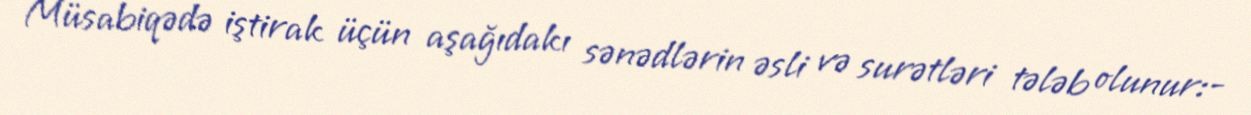
Müsabiqədə iştirak üçün aşağıdakı sənədlərin əsli və surətləri tələb olunur:-